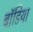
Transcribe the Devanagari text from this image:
बॉडिया